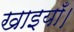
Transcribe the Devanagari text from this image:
खाइयाँ।